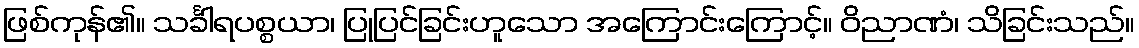
ဖြစ်ကုန်၏။ သင်္ခါရပစ္စယာ၊ ပြုပြင်ခြင်းဟူသော အကြောင်းကြောင့်။ ဝိညာဏံ၊ သိခြင်းသည်။